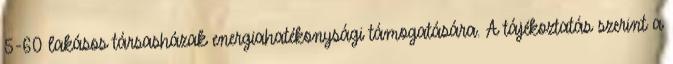
5-60 lakásos társasházak energiahatékonysági támogatására. A tájékoztatás szerint a